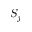
S _ { j }